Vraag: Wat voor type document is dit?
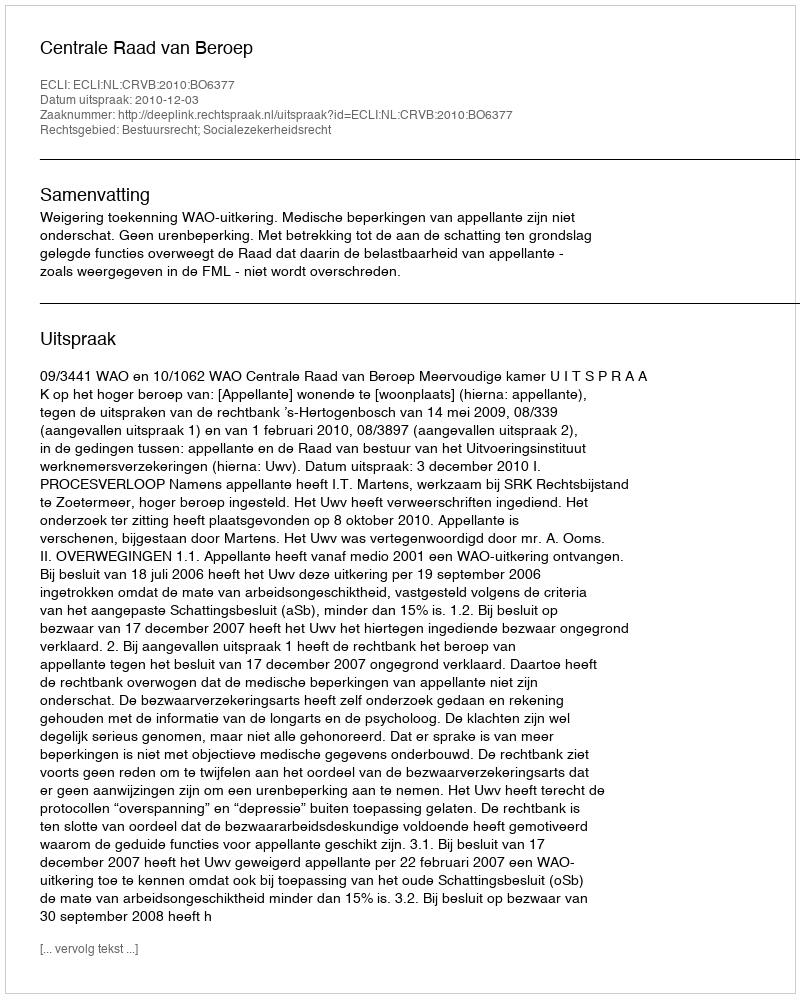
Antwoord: Uitspraak